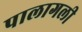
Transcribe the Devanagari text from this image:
पालागली